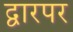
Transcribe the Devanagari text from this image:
द्वारपर